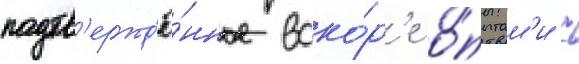
подтв'ержд'ё́нное вско́р'е о́пытам'и с